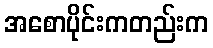
အစောပိုင်းကတည်းက